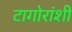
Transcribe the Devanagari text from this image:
टागोरांशी